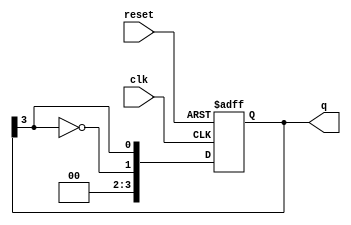
module modified_johnson_counter #(
    parameter N = 4  // Number of flip-flops (n)
)(
    input wire clk,          // Clock input
    input wire reset,        // Asynchronous reset
    output reg [N-1:0] q     // Output state of the counter
);

    // Sequential logic for Modified Johnson Counter
    always @(posedge clk or posedge reset) begin
        if (reset) begin
            q <= 0;  // Reset the counter to 0
        end else begin
            // Shift the state and feed back the inverted last flip-flop output
            q <= {~q[N-1], q[N-1:N-1]}; // Shift and feedback
        end
    end

endmodule